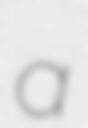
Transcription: a